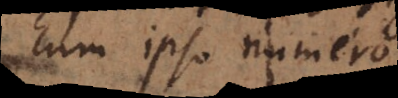
cum ipso numero